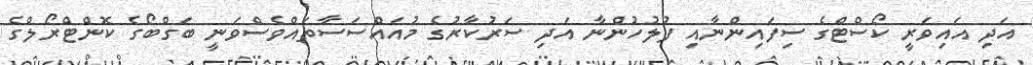
އަދި އައިވަރީ ކޯސްޓްގެ ސިފައިންނާއި ފުލުހުންނާ އަދި ސަރުކާރުގެ މުއައްސަސާތައްވެސްވަނީ ބަގްބޯގެ ކޮންޓްރޯލްގެ